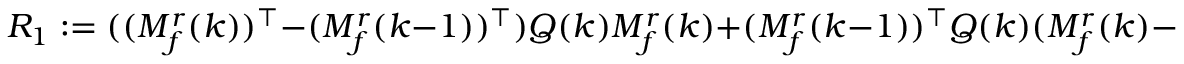
R _ { 1 } : = ( ( M _ { f } ^ { r } ( k ) ) ^ { \top } - ( M _ { f } ^ { r } ( k - 1 ) ) ^ { \top } ) Q ( k ) M _ { f } ^ { r } ( k ) + ( M _ { f } ^ { r } ( k - 1 ) ) ^ { \top } Q ( k ) ( M _ { f } ^ { r } ( k ) - M _ { f } ^ { r } ( k - 1 ) )